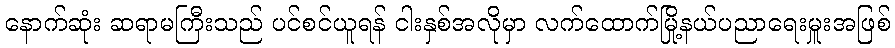
နောက်ဆုံး ဆရာမကြီးသည် ပင်စင်ယူရန် ငါးနှစ်အလိုမှာ လက်ထောက်မြို့နယ်ပညာရေးမှူးအဖြစ်